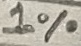
Text: 1%